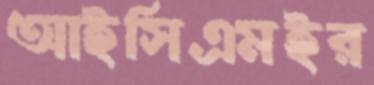
আইসিএমইর